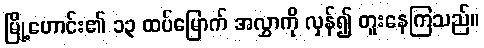
မြို့ဟောင်း၏ ၁၃ ထပ်မြောက် အလွှာကို လှန်၍ တူးနေကြသည်။